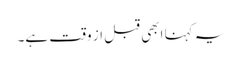
یہ کہنا ابھی قبل از وقت ہے۔